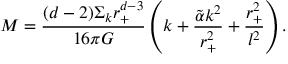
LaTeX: M = \frac { ( d - 2 ) \Sigma _ { k } r _ { + } ^ { d - 3 } } { 1 6 \pi G } \left( k + \frac { \tilde { \alpha } k ^ { 2 } } { r _ { + } ^ { 2 } } + \frac { r _ { + } ^ { 2 } } { l ^ { 2 } } \right) .